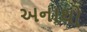
અનાથો